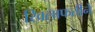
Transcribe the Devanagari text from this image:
खिलाफतीने